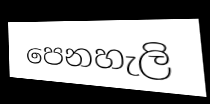
පෙනහැලි